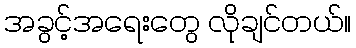
အခွင့်အရေးတွေ လိုချင်တယ်။